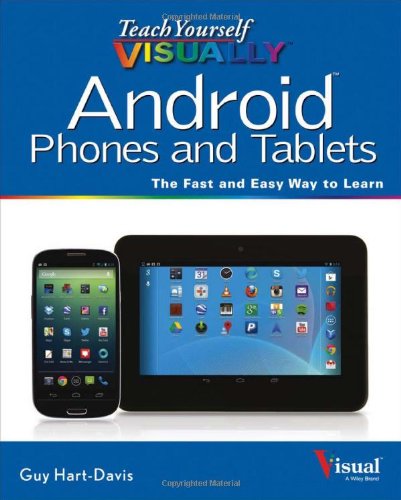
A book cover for Teach Yourself VISUALLY Android Phones and Tablets; Guy Hart-Davis; Computers & Technology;